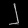
Digit: ၂